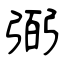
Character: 弼